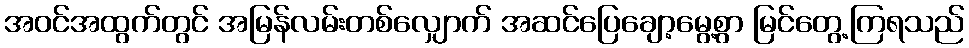
အဝင်အထွက်တွင် အမြန်လမ်းတစ်လျှောက် အဆင်ပြေချော့မွေ့စွာ မြင်တွေ့ကြရသည်